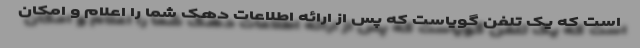
است که یک تلفن گویاست که پس از ارائه اطلاعات دهک شما را اعلام و امکان